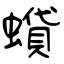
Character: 蟘